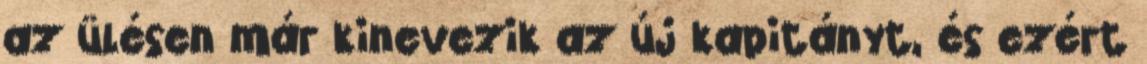
az ülésen már kinevezik az új kapitányt, és ezért